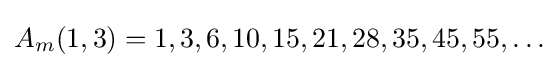
A_{m}(1,3)=1,3,6,10,15,21,28,35,45,55,\ldots